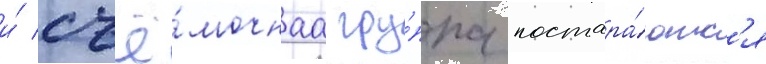
и́ съё́мочнаа гру́ппа постара́ютс'я